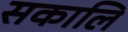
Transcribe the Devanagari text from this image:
सकालि